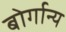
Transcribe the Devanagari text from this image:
बोर्गान्य